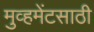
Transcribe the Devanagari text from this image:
मुव्हमेंटसाठी